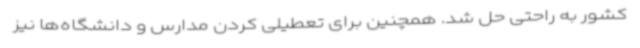
کشور به راحتی حل شد. همچنین برای تعطیلی کردن مدارس و دانشگاه‌ها نیز